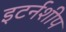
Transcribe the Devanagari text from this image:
इटर्नशीप